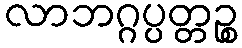
လာဘဂ္ဂပ္ပတ္တဉ္စ